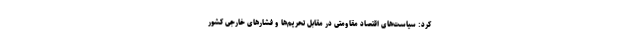
کرد: سیاست‌های اقتصاد مقاومتی در مقابل تحریم‌ها و فشارهای خارجی کشور